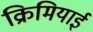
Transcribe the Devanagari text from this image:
क्रिमियाई